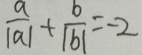
\frac { a } { \vert a \vert } + \frac { b } { \vert b \vert } = - 2